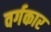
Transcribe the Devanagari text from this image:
वर्गकार